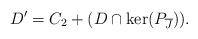
LaTeX: \begin{align*}D' = C_2 + (D \cap \ker(P_{\overline{J}})).\end{align*}